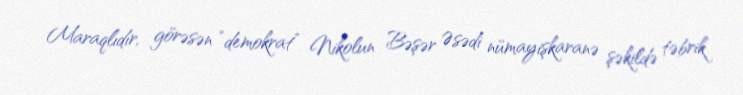
Maraqlıdır, görəsən “demokrat” Nikolun Bəşər Əsədi nümayişkaranə şəkildə təbrik